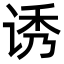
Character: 诱